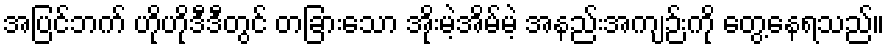
အပြင်ဘက် ဟိုဟိုဒီဒီတွင် တခြားသော အိုးမဲ့အိမ်မဲ့ အနည်းအကျဉ်းကို တွေ့နေရသည်။